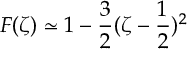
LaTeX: F ( \zeta ) \simeq 1 - \frac { 3 } { 2 } ( \zeta - \frac { 1 } { 2 } ) ^ { 2 }